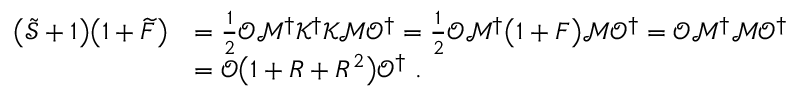
\begin{array} { r l } { \big ( \widetilde { \mathcal { S } } + 1 \big ) \big ( 1 + \widetilde { F } \big ) } & { = \frac 1 2 \mathcal { O M } ^ { \dagger } \mathcal { K } ^ { \dagger } \mathcal { K M O } ^ { \dagger } = \frac 1 2 \mathcal { O M } ^ { \dagger } \big ( 1 + F \big ) \mathcal { M } \mathcal { O } ^ { \dagger } = \mathcal { O M } ^ { \dagger } \mathcal { M O } ^ { \dagger } } \\ & { = \mathcal { O } \big ( 1 + R + R ^ { 2 } \big ) \mathcal { O } ^ { \dagger } \ . } \end{array}